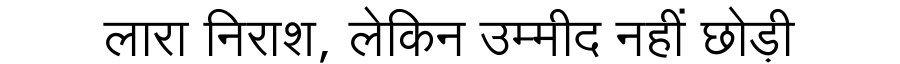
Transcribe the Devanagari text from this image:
लारा निराश, लेकिन उम्मीद नहीं छोड़ी